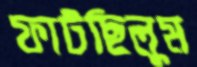
ফাটছিলুম